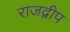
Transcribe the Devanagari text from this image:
राजद्वीप